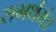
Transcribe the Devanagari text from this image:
समर्थयंत्र